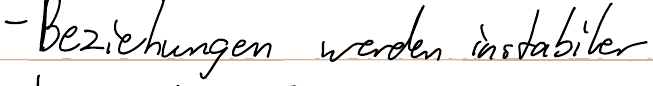
- Beziehungen werden instabiler